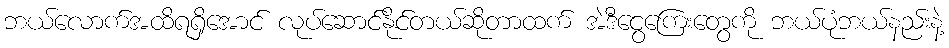
ဘယ်လောက်အထိရရှိအောင် လုပ်ဆောင်နိုင်တယ်ဆိုတာထက် အဲဒီငွေကြေးတွေကို ဘယ်ပုံဘယ်နည်းနဲ့